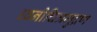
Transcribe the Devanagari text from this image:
ध्वनीचित्रमुद्रण